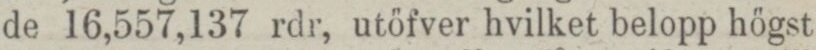
de 16,557,137 rdr, utöfver hvilket belopp högst